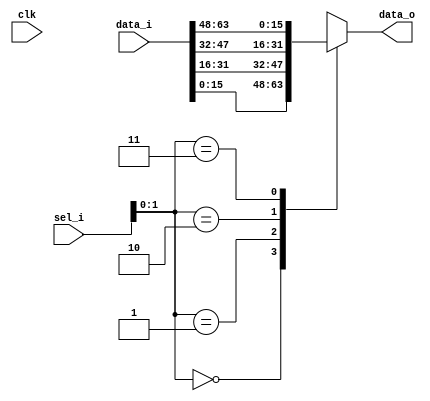
////////////////////////////////////////////////////////////
//
// This confidential and proprietary software may be used
// only as authorized by a licensing agreement from
// Bean Digital Ltd
// In the event of publication, the following notice is
// applicable:
//
// (C)COPYRIGHT 2009 BEAN DIGITAL LTD.
// ALL RIGHTS RESERVED
//
// The entire notice above must be reproduced on all
// authorized copies.
//
// Description : Multiplexer
////////////////////////////////////////////////////////////

`resetall
`timescale 1ns/10ps

module mux
  #(parameter DATA_BITS  = 16,                // Data bits
    parameter IP_NUM     = 4,                 // Number of inputs
    parameter USE_OP_REG = 0)(                // Enable Register on Output 
  input  wire                        clk,     // Clock
  input  wire [IP_NUM*DATA_BITS-1:0] data_i,  // Data Input
  input  wire [7:0]                  sel_i,   // Input Select
  output wire [DATA_BITS-1:0]        data_o   // Data Output
);

////////////////////////////////////////////////////////////
// Signals
//////////////////////////////////////////////////////////// 

genvar i;
reg  [DATA_BITS-1:0] ip_array [0:IP_NUM-1];
wire [DATA_BITS-1:0] data_c;
reg  [DATA_BITS-1:0] data_r;

////////////////////////////////////////////////////////////
// Comb Assign : Data Output
// Description : 
////////////////////////////////////////////////////////////

assign data_o = (USE_OP_REG == 1) ? data_r : data_c;

////////////////////////////////////////////////////////////
// Comb Assign : Data Comb
// Description : Assign an input vector from the array.
////////////////////////////////////////////////////////////

assign data_c = ip_array[sel_i];

////////////////////////////////////////////////////////////
// Generate    : Input array
// Description : Create an array of input vectors.
////////////////////////////////////////////////////////////

generate
  for(i=0; i<IP_NUM; i=i+1) begin: mux_gen  
    always @(*)
    begin
      ip_array[i] = data_i[(i+1)*DATA_BITS-1:i*DATA_BITS];
    end
  end
endgenerate

////////////////////////////////////////////////////////////
// Seq Block   : Data Registered
// Description : 
// Assign an input vector from the array.
////////////////////////////////////////////////////////////

always @(posedge clk)
begin
  data_r <= ip_array[sel_i];
end

endmodule